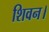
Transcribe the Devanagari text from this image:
शिवन।